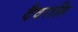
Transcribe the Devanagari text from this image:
दैवराति